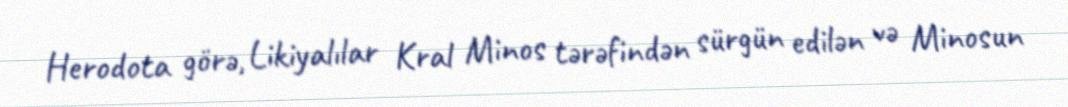
Herodota görə, Likiyalılar Kral Minos tərəfindən sürgün edilən və Minosun